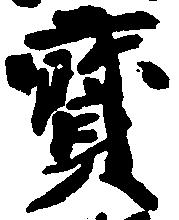
宝